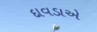
દાવડાએ